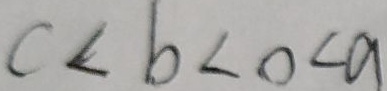
c < b < 0 < a